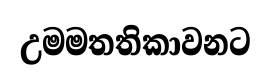
උමමතතිකාවනට